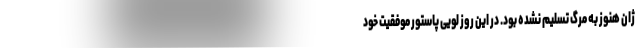
ژان هنوز به مرگ تسلیم نشده بود. در این روز لویی پاستور موفقیت خود